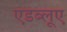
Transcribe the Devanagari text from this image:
एडब्लूए